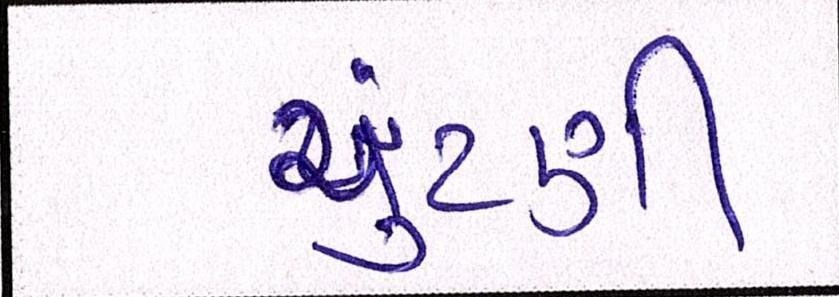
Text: ચુંટણી